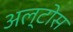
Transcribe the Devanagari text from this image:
अल्टोस